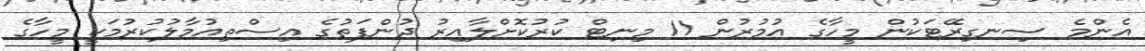
އެންމެ ސިނގިރޭޓަކުން މީހާގެ އުމުރުން 11 މިނިޓް ކުރުކޮށްލާއިރު ދުންފަތުގެ އިސްތިއުމާލުކުރުމަކީ މީހާގެ